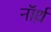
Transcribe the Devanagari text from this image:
नॉर्थ़